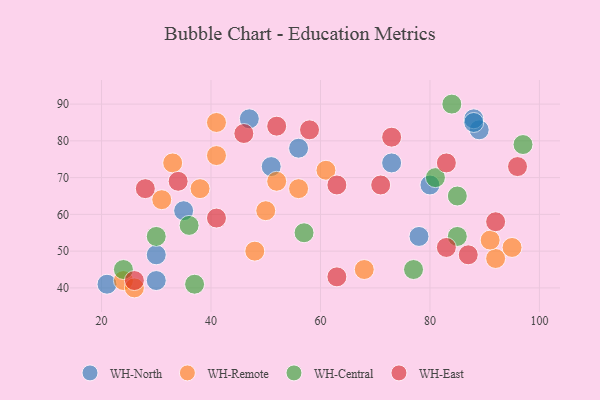
{"axis": {"x": "GDP", "y": "Life Expectancy"}, "legend": ["WH-Central", "WH-East", "WH-North", "WH-Remote"], "data": [{"x": "56", "y": 78, "type": "WH-North"}, {"x": "47", "y": 86, "type": "WH-North"}, {"x": "30", "y": 49, "type": "WH-North"}, {"x": "35", "y": 61, "type": "WH-North"}, {"x": "21", "y": 41, "type": "WH-North"}, {"x": "80", "y": 68, "type": "WH-North"}, {"x": "89", "y": 83, "type": "WH-North"}, {"x": "30", "y": 42, "type": "WH-North"}, {"x": "88", "y": 86, "type": "WH-North"}, {"x": "78", "y": 54, "type": "WH-North"}, {"x": "51", "y": 73, "type": "WH-North"}, {"x": "88", "y": 85, "type": "WH-North"}, {"x": "73", "y": 74, "type": "WH-North"}, {"x": "92", "y": 48, "type": "WH-Remote"}, {"x": "33", "y": 74, "type": "WH-Remote"}, {"x": "61", "y": 72, "type": "WH-Remote"}, {"x": "56", "y": 67, "type": "WH-Remote"}, {"x": "48", "y": 50, "type": "WH-Remote"}, {"x": "24", "y": 42, "type": "WH-Remote"}, {"x": "41", "y": 76, "type": "WH-Remote"}, {"x": "38", "y": 67, "type": "WH-Remote"}, {"x": "31", "y": 64, "type": "WH-Remote"}, {"x": "91", "y": 53, "type": "WH-Remote"}, {"x": "95", "y": 51, "type": "WH-Remote"}, {"x": "68", "y": 45, "type": "WH-Remote"}, {"x": "52", "y": 69, "type": "WH-Remote"}, {"x": "41", "y": 85, "type": "WH-Remote"}, {"x": "26", "y": 40, "type": "WH-Remote"}, {"x": "50", "y": 61, "type": "WH-Remote"}, {"x": "37", "y": 41, "type": "WH-Central"}, {"x": "30", "y": 54, "type": "WH-Central"}, {"x": "81", "y": 70, "type": "WH-Central"}, {"x": "97", "y": 79, "type": "WH-Central"}, {"x": "24", "y": 45, "type": "WH-Central"}, {"x": "77", "y": 45, "type": "WH-Central"}, {"x": "57", "y": 55, "type": "WH-Central"}, {"x": "85", "y": 54, "type": "WH-Central"}, {"x": "85", "y": 65, "type": "WH-Central"}, {"x": "84", "y": 90, "type": "WH-Central"}, {"x": "36", "y": 57, "type": "WH-Central"}, {"x": "63", "y": 68, "type": "WH-East"}, {"x": "63", "y": 43, "type": "WH-East"}, {"x": "83", "y": 51, "type": "WH-East"}, {"x": "52", "y": 84, "type": "WH-East"}, {"x": "73", "y": 81, "type": "WH-East"}, {"x": "34", "y": 69, "type": "WH-East"}, {"x": "71", "y": 68, "type": "WH-East"}, {"x": "83", "y": 74, "type": "WH-East"}, {"x": "26", "y": 42, "type": "WH-East"}, {"x": "41", "y": 59, "type": "WH-East"}, {"x": "28", "y": 67, "type": "WH-East"}, {"x": "92", "y": 58, "type": "WH-East"}, {"x": "96", "y": 73, "type": "WH-East"}, {"x": "87", "y": 49, "type": "WH-East"}, {"x": "58", "y": 83, "type": "WH-East"}, {"x": "46", "y": 82, "type": "WH-East"}]}